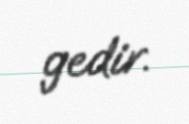
gedir.